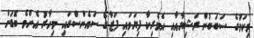
މިކަމުގެ ސަބަބުން ރަޝިޔާއާއި އެމެރިކާ ފިޔަވައި ފަޒާގެ ސައެންސްގައި މިހާރު އެންމެ ބޮޑަށް